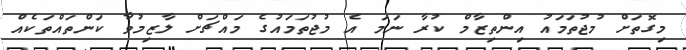
މިގޮތަށް މުޖުތަމައު އިންތިޒާމް ކުރާ ނަމަ އެ މުޖުތަމައުގެ މައްޗަށް ލާޒިމުވާ ކަންތައްތަކެއް